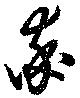
率